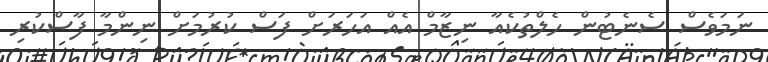
ނަމަވެސް ސެނެޓުން ހެލްތުކެއާ ނިޒާމް އެއް އަހަރަށް ފަސް ކުރުމަށް ނިންމާ ފާސްކުރި